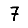
Digit: 7